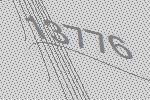
13776